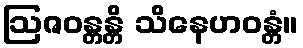
ဩဇဝန္တန္တိ သိနေဟဝန္တံ။